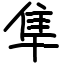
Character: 隼